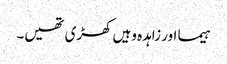
ہیما اور زاہدہ وہیں کھڑی تھیں۔